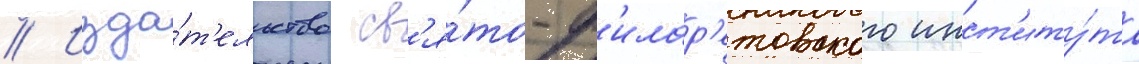
// Изда́т'ельство св'я́то-ф'илар'етовского инст'иту́та